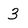
Character: 3